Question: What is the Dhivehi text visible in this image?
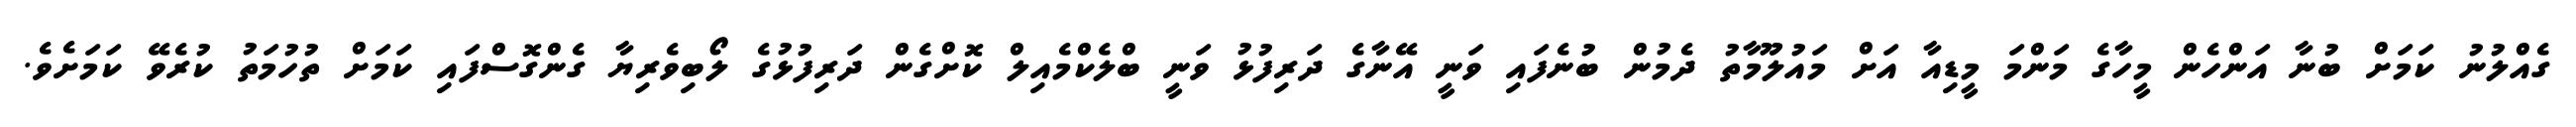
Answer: ގެއްލުނު ކަމަށް ބުނާ އަންހެން މީހާގެ މަންމަ މީޑިއާ އަށް މައުލޫމާތު ދެމުން ބުނެފައި ވަނީ އޭނާގެ ދަރިފުޅު ވަނީ ބްލެކްމެއިލް ކޮށްގެން ދަރިފުޅުގެ ލޯބިވެރިޔާ ގެންގޮސްފައި ކަމަށް ތުހުމަތު ކުރެވޭ ކަމަށެވެ.